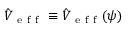
\hat { V } _ { \mathrm { ~ e ~ f ~ f ~ } } \equiv \hat { V } _ { \mathrm { ~ e ~ f ~ f ~ } } ( \psi )